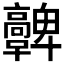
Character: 𩫪